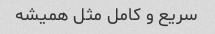
سریع و کامل مثل همیشه